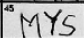
Transcription: MYS